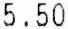
5.50